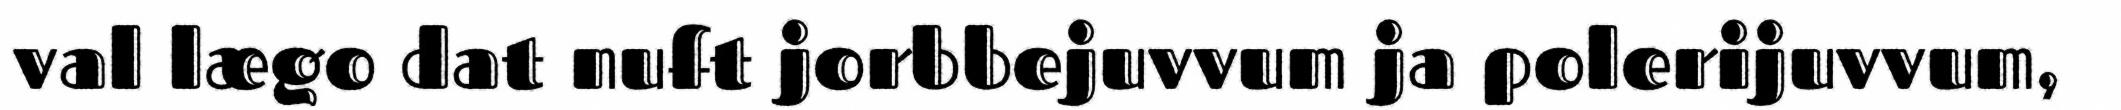
val lægo dat nuft jorbbejuvvum ja polerijuvvum,